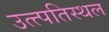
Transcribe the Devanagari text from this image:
उत्त्पतिस्थल